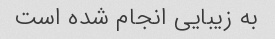
به زیبایی انجام شده است